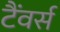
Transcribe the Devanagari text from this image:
टैंवर्स